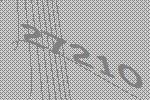
27210